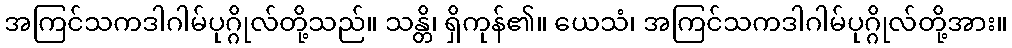
အကြင်သကဒါဂါမ်ပုဂ္ဂိုလ်တို့သည်။ သန္တိ၊ ရှိကုန်၏။ ယေသံ၊ အကြင်သကဒါဂါမ်ပုဂ္ဂိုလ်တို့အား။